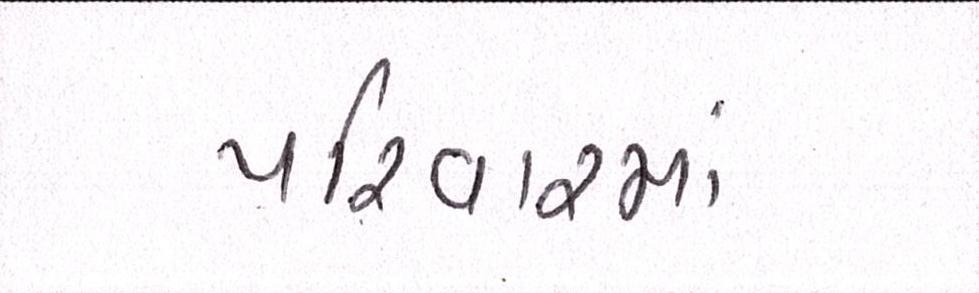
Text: પરીવારમાં